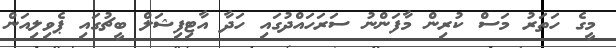
މީގެ ހަތަރު މަސް ކުރިން މާފަންނު ސަރަހައްދުގައި ހަދާ އާޓިފިޝަލް ބީޗުގައި ޕެވިލިއަން